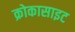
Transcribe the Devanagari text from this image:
क्रोकासाइट